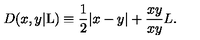
D ( x , y | \mathrm { L } ) \equiv \frac { 1 } { 2 } | x - y | + \frac { x y } { x y } { L } .